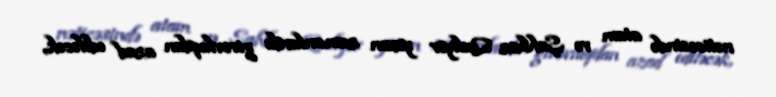
nəticəsində atam və Şahbaz Quliyev yaxın zamanlarda girovluqdan azad ediləcək,